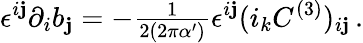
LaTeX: \epsilon^{i\mathbf{j}}\partial_{i}b_{\mathbf{j}}=-{\textstyle\frac{{1}}{{2(2\pi\alpha^{\prime})}}}\epsilon^{i\mathbf{j}}(i_{k}C^{(3)})_{i\mathbf{j}}\, .